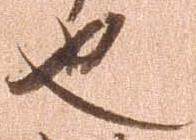
也